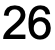
26